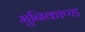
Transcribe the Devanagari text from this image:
मुनिकाण्ड